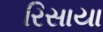
રિસાયા